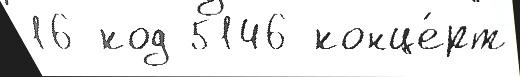
16 код 5146 конце́рт